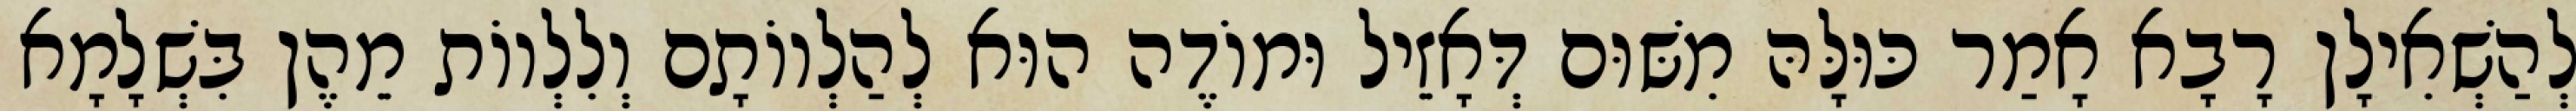
לְהַשְׁאִילָן רָבָא אָמַר כּוּלָּהּ מִשּׁוּם דְּאָזֵיל וּמוֹדֶה הוּא לְהַלְווֹתָם וְלִלְווֹת מֵהֶן בִּשְׁלָמָא